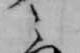
之